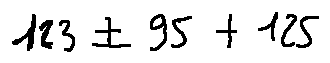
1 2 3 \pm 9 5 + 1 2 5